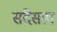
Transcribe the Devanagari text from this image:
संदेसडा